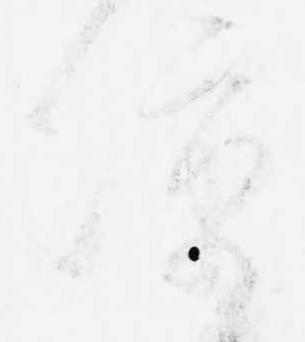
凉